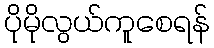
ပိုမိုလွယ်ကူစေရန်